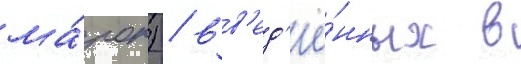
ма́рок) / вв'ед'ё́нных в